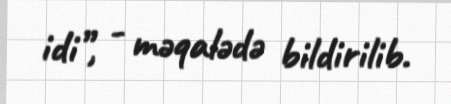
idi”, - məqalədə bildirilib.